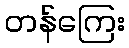
တန်ကြေး